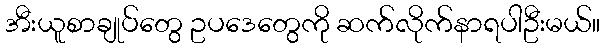
အီးယူစာချုပ်တွေ ဥပဒေတွေကို ဆက်လိုက်နာရပါဦးမယ်။